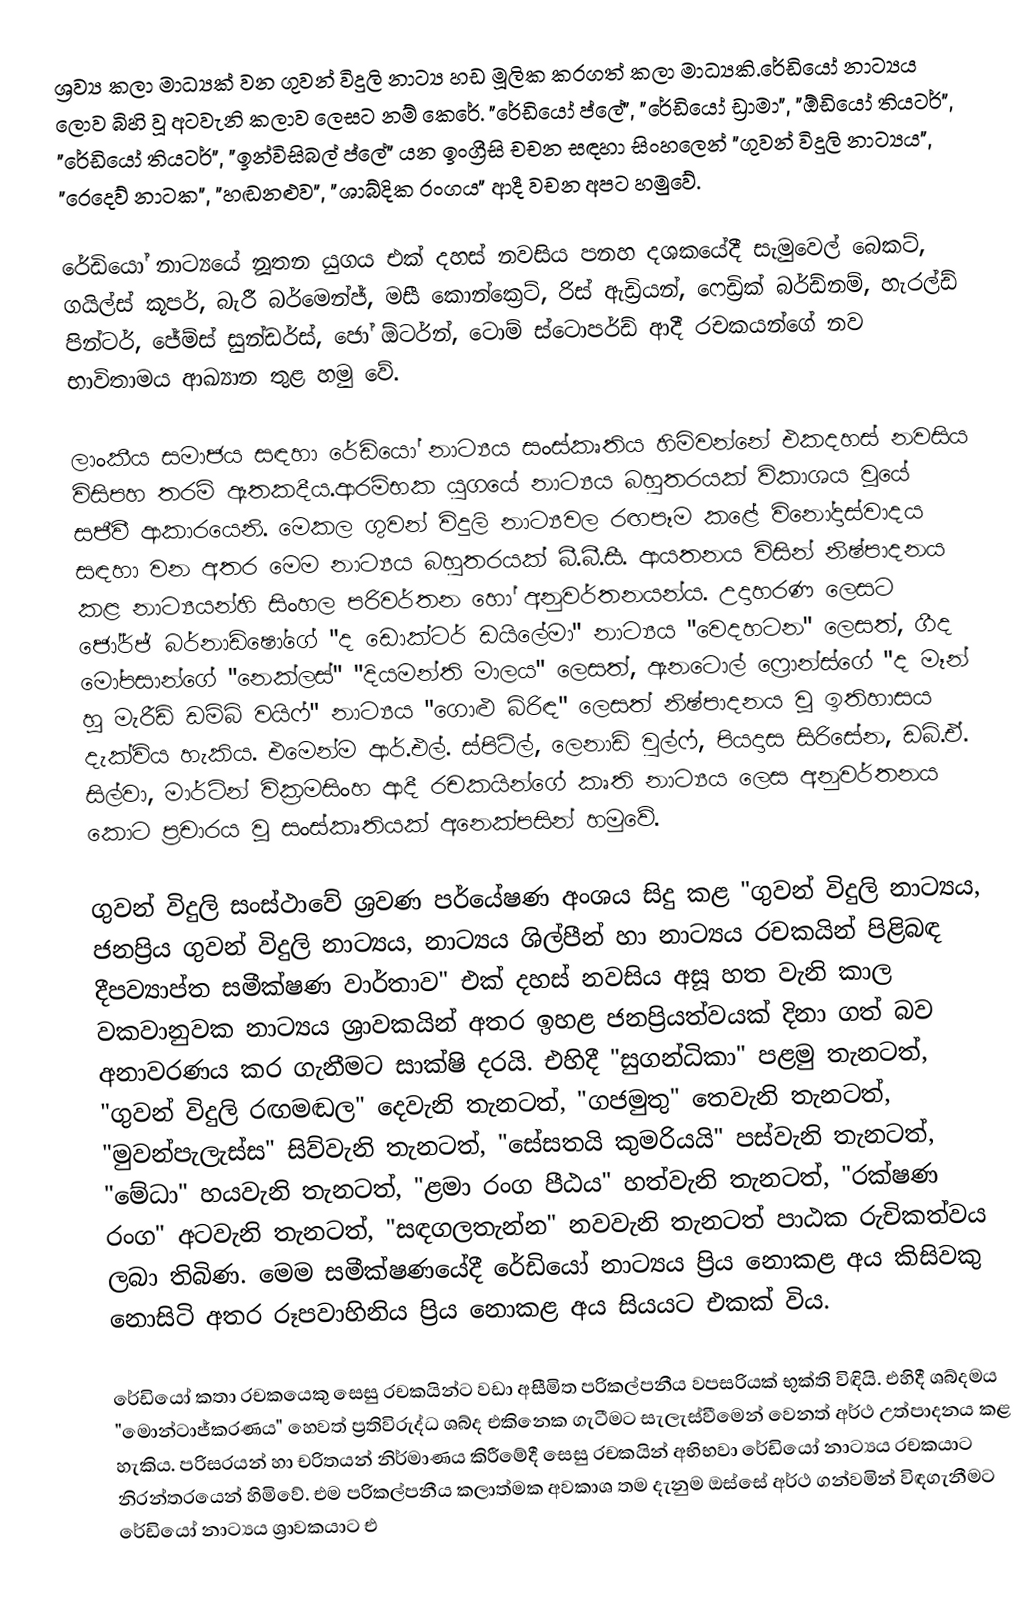
ශ්‍රව්‍ය කලා මාධ්‍යක් වන ගුවන් විදුලි නාට්‍ය  හඩ මූලික කරගත් කලා මාධ්‍යකි.රේඩියෝ නාට්‍යය ලොව බිහි වූ අටවැනි කලාව ලෙසට නම් කෙරේ. "රේඩියෝ ප්ලේ", "රේඩියෝ ඩ්‍රාමා", "ඕඩියෝ තියටර්", "රේඩියෝ තියටර්", "ඉන්විසිබල් ප්ලේ" යන ඉංග්‍රීසි චචන සඳහා සිංහලෙන් "ගුවන් විදුලි නාට්‍යය", "රෙදෙව් නාටක", "හඬනළුව", "ශාබ්දික රංගය" ආදී වචන අපට හමුවේ.

රේඩියෝ නාට්‍යයේ නූතන යුගය එක් දහස් නවසිය පනහ දශකයේදී සැමුවෙල් බෙකට්, ගයිල්ස් කූපර්, බැරී බර්මෙන්ජ්, මසී කොන්ක්‍රෙට්, රිස් ඇඩ්‍රියන්, ෆෙඩ්‍රික් බර්ඩ්නම්, හැරල්ඩ් පින්ටර්, ජේම්ස් සුන්ඩර්ස්, ජෝ ඕටර්න්, ටොම් ස්ටොපර්ඩ් ආදී රචකයන්ගේ නව භාවිතාමය ආඛ්‍යාන තුළ හමු වේ.

ලාංකීය සමාජය සඳහා රේඩියෝ නාට්‍යය සංස්කෘතිය හිමිවන්නේ එකදහස් නවසිය විසිපහ තරම් ඈතකදීය.ආරම්භක යුගයේ නාට්‍යය බහුතරයක් විකාශය වූයේ සජීවී ආකාරයෙනි.  මෙකල ගුවන් විදුලි නාට්‍යවල රඟපෑම කළේ විනෝදාස්වාදය සඳහා වන අතර  මෙම නාට්‍යය බහුතරයක් බී.බී.සී. ආයතනය විසින් නිෂ්පාදනය කළ නාට්‍යයන්හි සිංහල පරිවර්තන හෝ අනුවර්තනයන්ය. උදාහරණ ලෙසට ජෝර්ජ් බර්නාඩ්ෂෝගේ "ද ඩොක්ටර් ඩයිලේමා" නාට්‍යය "වෙදහටන" ලෙසත්, ගීද මෝපසාන්ගේ "නෙක්ලස්" "දියමන්ති මාලය" ලෙසත්, ඇනටොල් ෆ්‍රොන්ස්ගේ "ද මෑන් හූ මැරීඩ් ඩම්බ් වයිෆ්" නාට්‍යය "ගොළු බිරිඳ" ලෙසත් නිෂ්පාදනය වූ ඉතිහාසය දැක්විය හැකිය. එමෙන්ම ආර්.එල්. ස්පිට්ල්, ලෙනාඩ් වුල්ෆ්, පියදාස සිරිසේන, ඩබ්.ඒ. සිල්වා, මාර්ටින් වික්‍රමසිංහ ආදී රචකයින්ගේ කෘති නාට්‍යය ලෙස අනුවර්තනය කොට ප්‍රචාරය වූ සංස්කෘතියක් අනෙක්පසින් හමුවේ.

ගුවන් විදුලි සංස්ථාවේ ශ්‍රවණ පර්යේෂණ අංශය සිදු කළ "ගුවන් විදුලි නාට්‍යය, ජනප්‍රිය ගුවන් විදුලි නාට්‍යය, නාට්‍යය ශිල්පීන් හා නාට්‍යය රචකයින් පිළිබඳ දීපව්‍යාප්ත සමීක්ෂණ වාර්තාව" එක් දහස් නවසිය අසූ හත වැනි කාල වකවානුවක  නාට්‍යය ශ්‍රාවකයින් අතර ඉහළ ජනප්‍රියත්වයක් දිනා ගත් බව අනාවරණය කර ගැනීමට  සාක්ෂි දරයි. එහිදී "සුගන්ධිකා" පළමු තැනටත්, "ගුවන් විදුලි රඟමඬල" දෙවැනි තැනටත්, "ගජමුතු" තෙවැනි තැනටත්, "මුවන්පැලැස්ස" සිව්වැනි තැනටත්, "සේසතයි කුමරියයි" පස්වැනි තැනටත්, "මේධා" හයවැනි තැනටත්, "ළමා රංග පීඨය" හත්වැනි තැනටත්, "රක්ෂණ රංග" අටවැනි තැනටත්, "සඳගලතැන්න" නවවැනි තැනටත් පාඨක රුචිකත්වය ලබා තිබිණ. මෙම සමීක්ෂණයේදී රේඩියෝ නාට්‍යය ප්‍රිය නොකළ අය කිසිවකු නොසිටි අතර රූපවාහිනිය ප්‍රිය නොකළ අය සියයට එකක් විය.

රේඩියෝ කතා රචකයෙකු සෙසු රචකයින්ට වඩා අසීමිත පරිකල්පනීය වපසරියක් භුක්ති විඳියි. එහිදී ශබ්දමය "මොන්ටාජ්කරණය" හෙවත් ප්‍රතිවිරුද්ධ ශබ්ද  එකිනෙක ගැටීමට සැලැස්වීමෙන් වෙනත් අර්ථ උත්පාදනය කළ හැකිය. පරිසරයන් හා චරිතයන් නිර්මාණය කිරීමේදී  සෙසු රචකයින් අභිභවා රේඩියෝ නාට්‍යය රචකයාට නිරන්තරයෙන් හිමිවේ. එම පරිකල්පනීය කලාත්මක අවකාශ තම දැනුම ඔස්සේ අර්ථ ගන්වමින් විඳගැනීමට රේඩියෝ නාට්‍යය ශ්‍රාවකයාට  එ